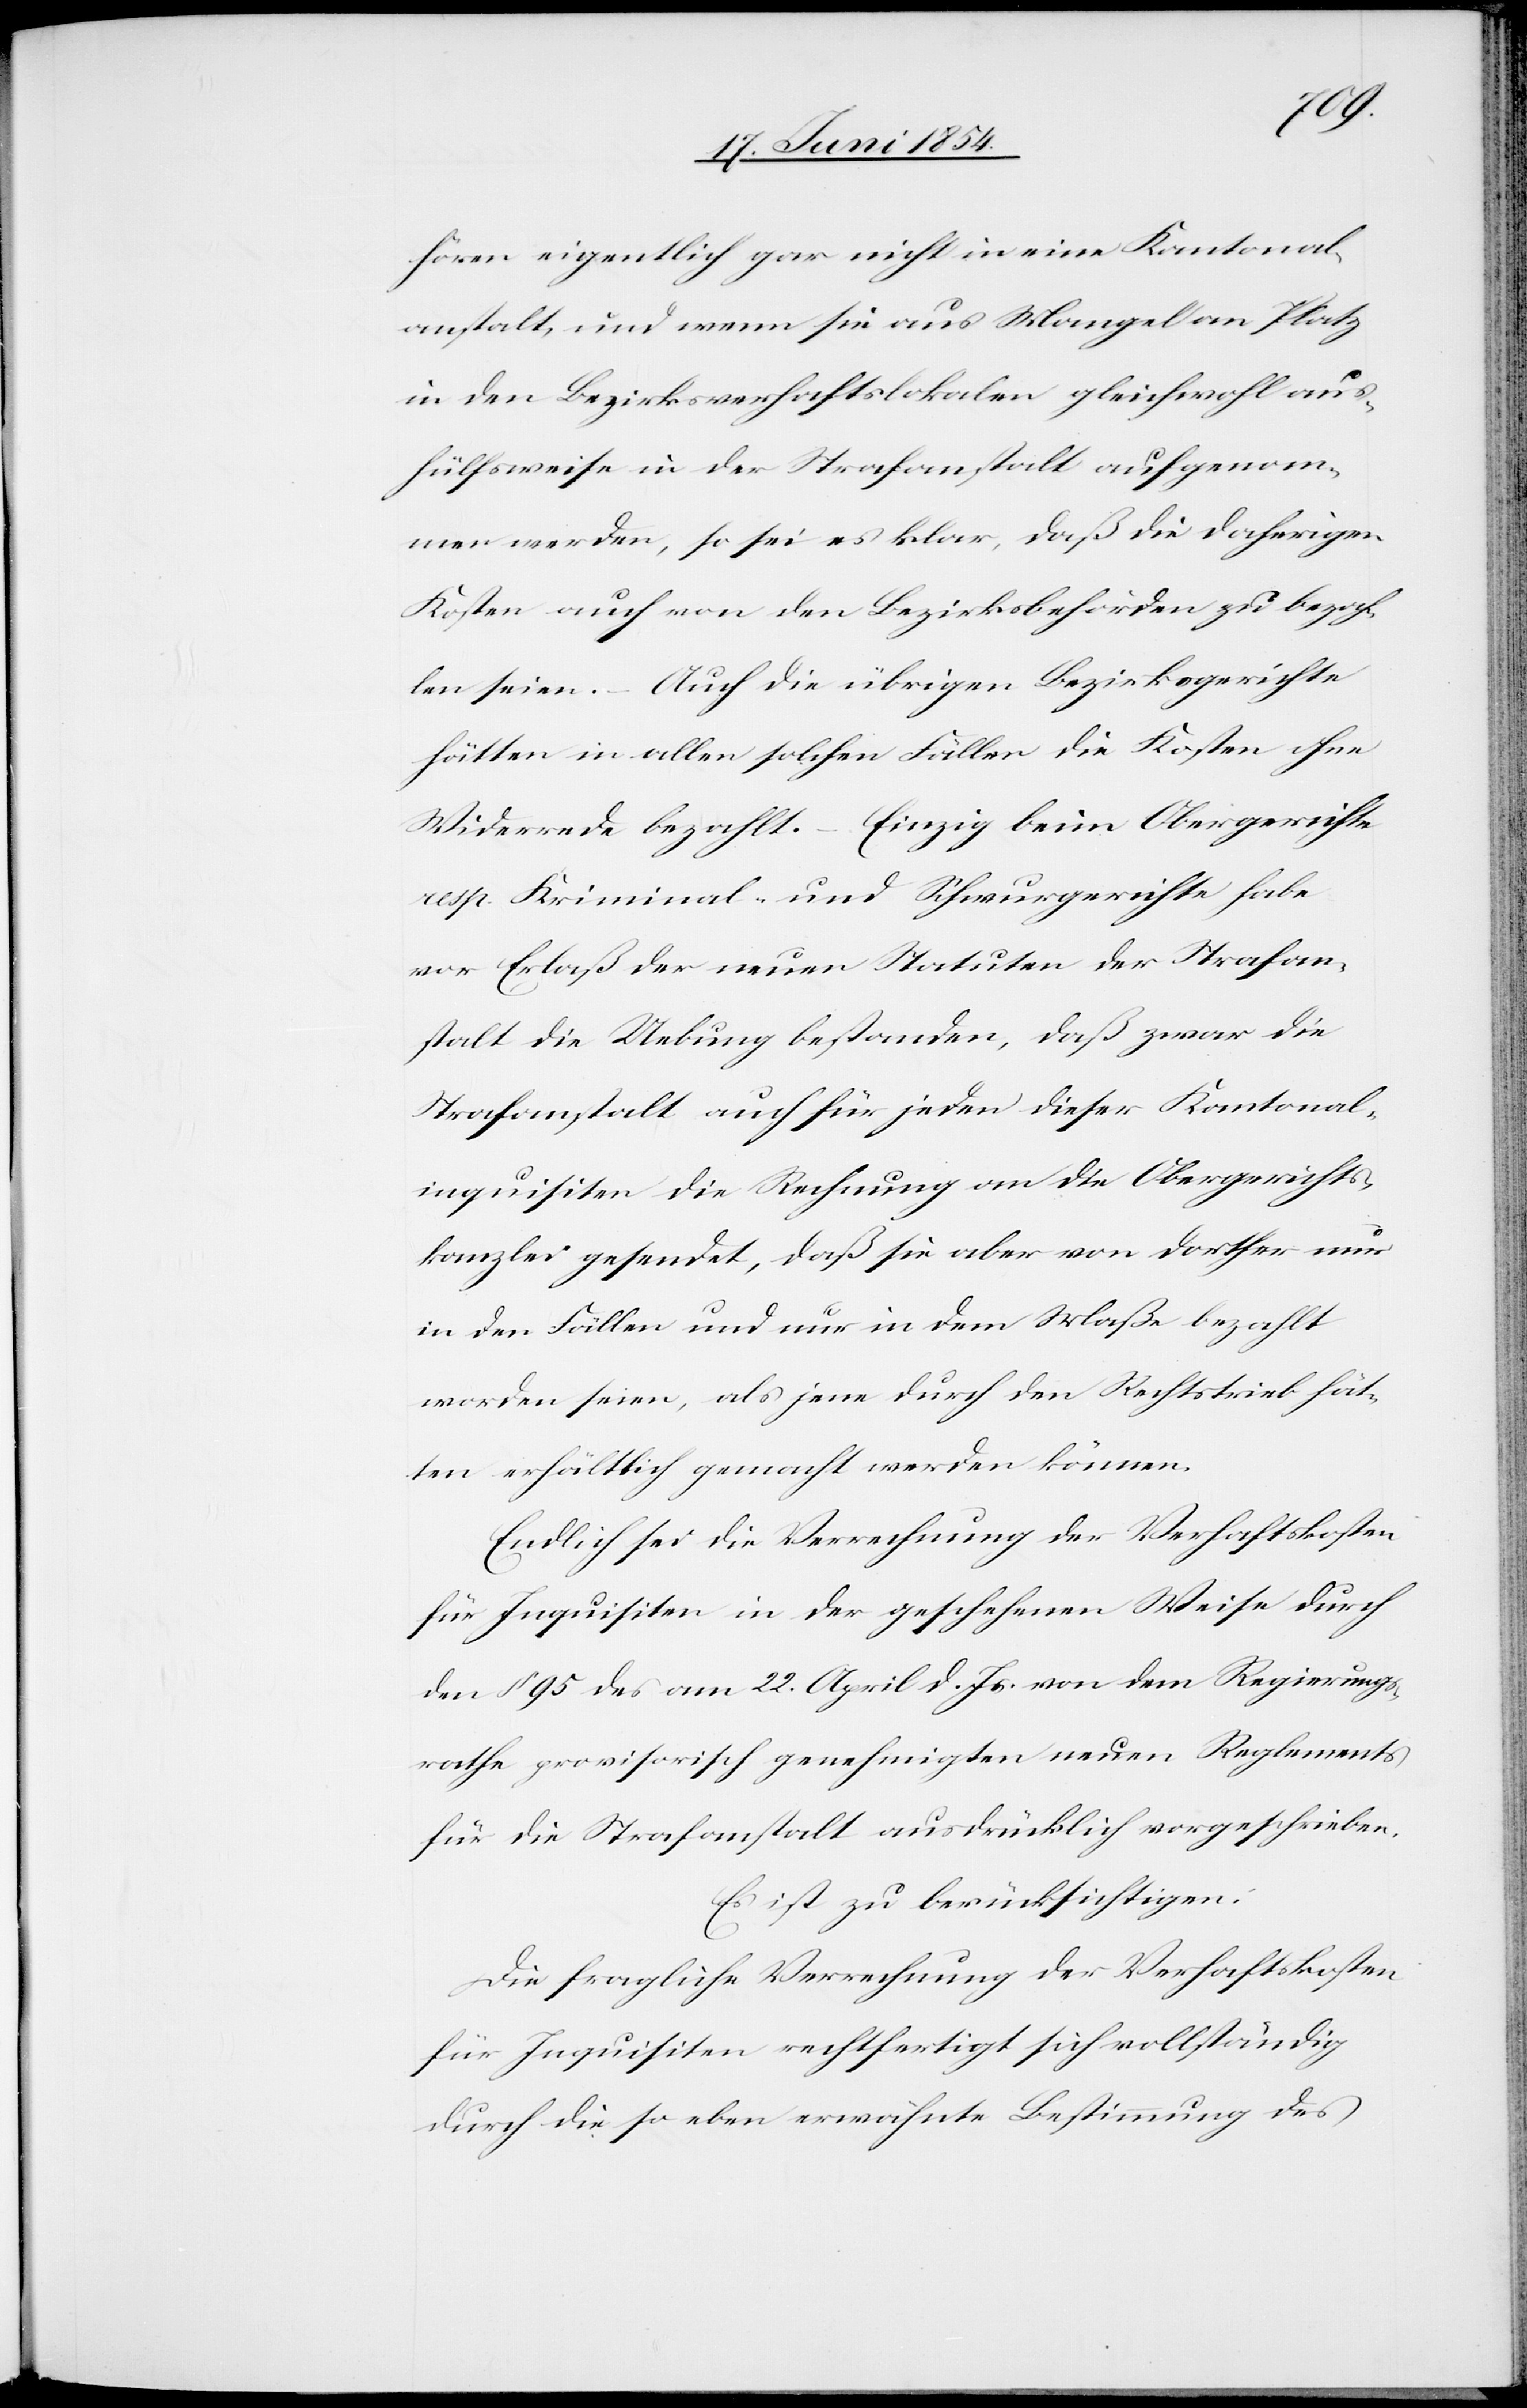
hören eigentlich gar nicht in eine Kantonal¬
anstalt, und wenn sie aus Mangel an Platz
in den Bezirksverhaftslokalen gleichwohl aus¬
hülfsweise in der Strafanstalt aufgenom¬
men werden, so sei es klar, daß die daherigen
Kosten auch von den Bezirksbehörden zu bezah¬
len seien. – Auch die übrigen Bezirksgerichte
hätten in allen solchen Fällen die Kosten ohne
Widerrede bezahlt. – Einzig beim Obergerichte
resp. Kriminal- und Schwurgerichte habe
vor Erlaß der neuen Statuten der Strafan¬
stalt die Uebung bestanden, daß zwar die
Strafanstalt auch für jeden dieser Kantonal¬
inquisiten die Rechnung an die Obergerichts¬
kanzlei gesendet, daß sie aber von dorther nur
in den Fällen und nur in dem Maße bezahlt
worden seien, als jene durch den Rechtstrieb hät¬
ten erhältlich gemacht werden können.
Endlich sei die Verrechnung der Verhaftskosten
für Inquisiten in der geschehenen Weise durch
den § 95 des am 22. April d. Js von dem Regierungs¬
rathe provisorisch genehmigten neuen Reglements
für die Strafanstalt ausdrücklich vorgeschrieben.
Es ist zu berücksichtigen:
Die fragliche Verrechnung der Verhaftskosten
für Inquisiten rechtfertigt sich vollständig
durch die so eben erwähnte Bestimmung des